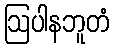
ဩပါနဘူတံ